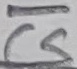
Text: CS